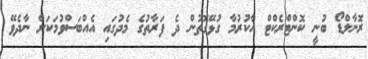
ރޮނާލްޑޯ ބުނީ ކޮންޓްރެކްޓް އާކުރުމާ ގުޅޭގޮތުން ދެ ފަރާތުގެ މެދުގައި އެއްބަސްވުމަކަށް ނާދެވޭ